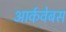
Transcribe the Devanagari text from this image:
आर्कवेबस